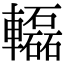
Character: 𨏒